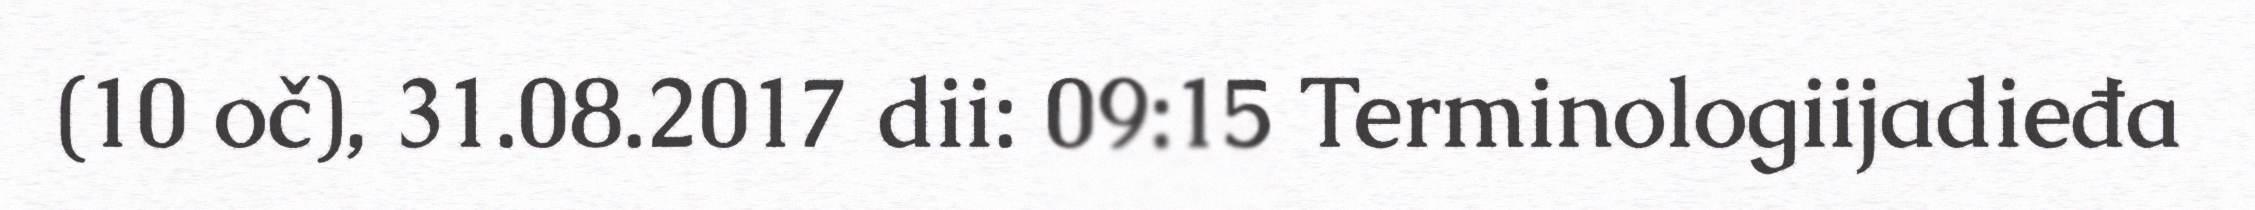
(10 oč), 31.08.2017 dii: 09:15 Terminologiijadieđa